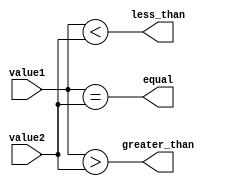
module inequality_comparator (
    input wire [7:0] value1,
    input wire [7:0] value2,
    output wire greater_than,
    output wire less_than,
    output wire equal
    );

    assign greater_than = (value1 > value2);
    assign less_than = (value1 < value2);
    assign equal = (value1 == value2);

endmodule